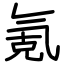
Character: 氪